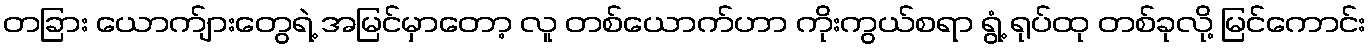
တခြား ယောက်ျားတွေရဲ့ အမြင်မှာတော့ လူ တစ်ယောက်ဟာ ကိုးကွယ်စရာ ရွံ့ ရုပ်ထု တစ်ခုလို့ မြင်ကောင်း